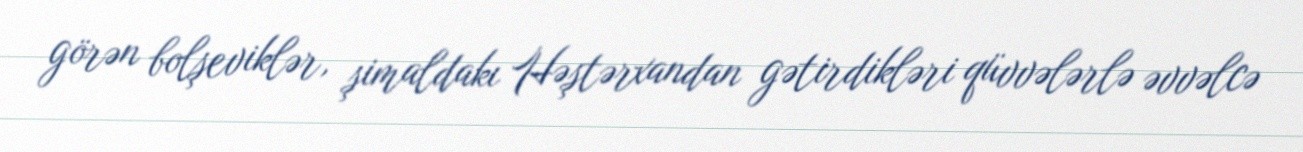
görən bolşeviklər, şimaldakı Həştərxandan gətirdikləri qüvvələrlə əvvəlcə